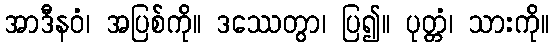
အာဒီနဝံ၊ အပြစ်ကို။ ဒဿေတွာ၊ ပြ၍။ ပုတ္တံ၊ သားကို။